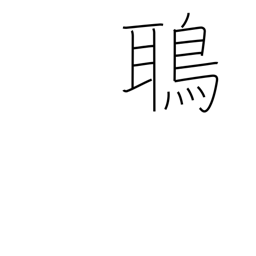
Meaning: kite (bird)